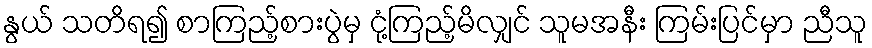
နွယ် သတိရ၍ စာကြည့်စားပွဲမှ ငုံ့ကြည့်မိလျှင် သူမအနီး ကြမ်းပြင်မှာ ညီသူ